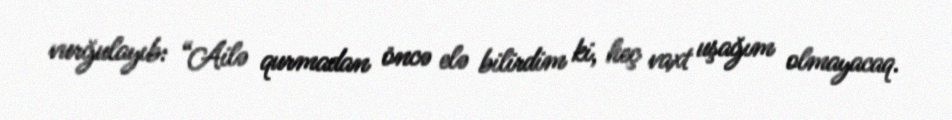
vurğulayıb: “Ailə qurmadan öncə elə bilirdim ki, heç vaxt uşağım olmayacaq.